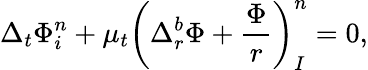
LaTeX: \Delta_{t}\Phi_{i}^{n}+\mu_{t}\left(\Delta_{r}^{b}\Phi+\frac{\Phi}{r}\right)_{I}^{n}=0,